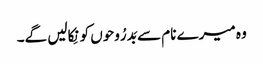
وہ میرے نام سے بَدرُوحوں کو نِکالیں گے۔